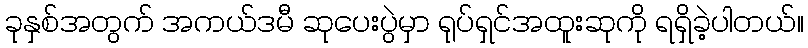
ခုနှစ်အတွက် အကယ်ဒမီ ဆုပေးပွဲမှာ ရုပ်ရှင်အထူးဆုကို ရရှိခဲ့ပါတယ်။